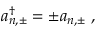
a _ { n , \pm } ^ { \dagger } = \pm a _ { n , \pm } { \; , }